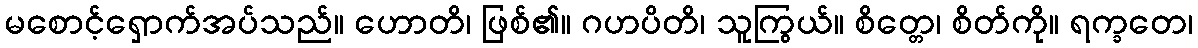
မစောင့်ရှောက်အပ်သည်။ ဟောတိ၊ ဖြစ်၏။ ဂဟပိတိ၊ သူကြွယ်။ စိတ္တေ၊ စိတ်ကို။ ရက္ခတေ၊